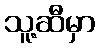
သူ့ဆီမှာ